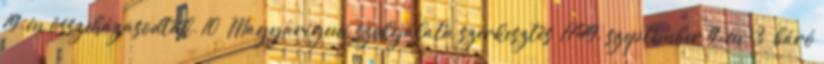
19-én összeházasodtak. 10 Magyarigeni szolgálata szerkesztés 1749. szeptember 9-én 3 báró